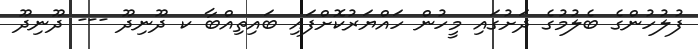
ފުލުހުންގެ ބެލުމުގެ ދަށުގައި މީހުން ހައްޔަރުކޮށްފައި ބައިތިއްބާ ކ ދޫނިދޫ --- ދޫނިދޫ